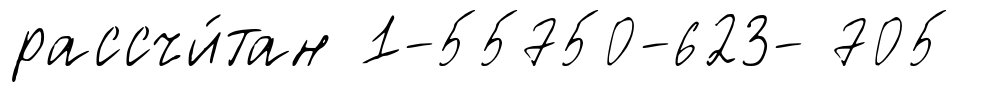
рассчи́тан 1-55750-623- 705